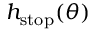
h _ { \mathrm { { s t o p } } } ( \theta )